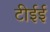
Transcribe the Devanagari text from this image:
टीईई